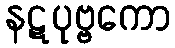
နဋပုဗ္ဗကော